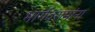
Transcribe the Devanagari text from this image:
भार्गवरामांना